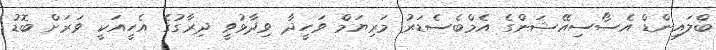
ބްލައިންޑް އެސޯސިއޭޝަންގެ އެމްބެސެޑަރު މަރިޔަމް ވަހީދާ ވިދާޅުވީ ދިރާގުގެ އެހީއަކީ ވަރަށް ބޮޑު